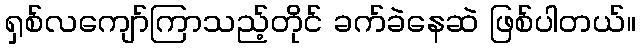
ရှစ်လကျော်ကြာသည့်တိုင် ခက်ခဲနေဆဲ ဖြစ်ပါတယ်။